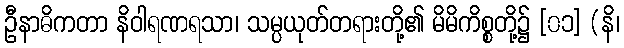
ဦနာဓိကတာ နိဝါရဏရသာ၊ သမ္ပယုတ်တရားတို့၏ မိမိကိစ္စတို့၌ [၀၁] (နိ၊